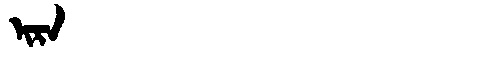
Manchu: ᡳᡵᠠ
Romanization: IRA